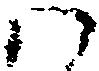
ハ